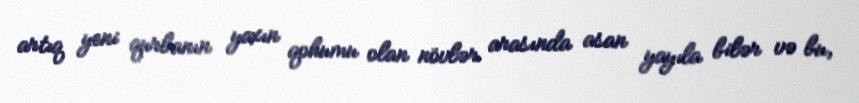
artıq yeni qurbanın yaxın qohumu olan növlər arasında asan yayıla bilər və bu,